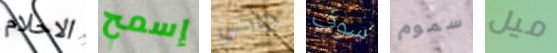
الاحلام إسمح جآكي سوف سموم ميل